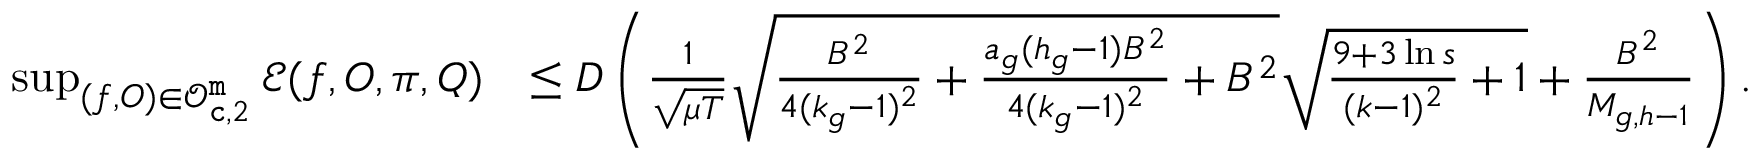
\begin{array} { r l } { \operatorname* { s u p } _ { ( f , O ) \in \mathcal { O } _ { { \tt c } , 2 } ^ { \tt m } } \mathcal { E } ( f , O , \pi , Q ) } & { \leq D \left( \frac { 1 } { \sqrt { \mu T } } \sqrt { \frac { B ^ { 2 } } { 4 ( k _ { g } - 1 ) ^ { 2 } } + \frac { a _ { g } ( h _ { g } - 1 ) B ^ { 2 } } { 4 ( k _ { g } - 1 ) ^ { 2 } } + B ^ { 2 } } \sqrt { \frac { 9 + 3 \ln s } { ( k - 1 ) ^ { 2 } } + 1 } + \frac { B ^ { 2 } } { M _ { g , h - 1 } } \right) . } \end{array}